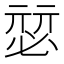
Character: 𰑴